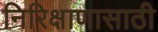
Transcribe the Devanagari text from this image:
निरिक्षाणासाठी